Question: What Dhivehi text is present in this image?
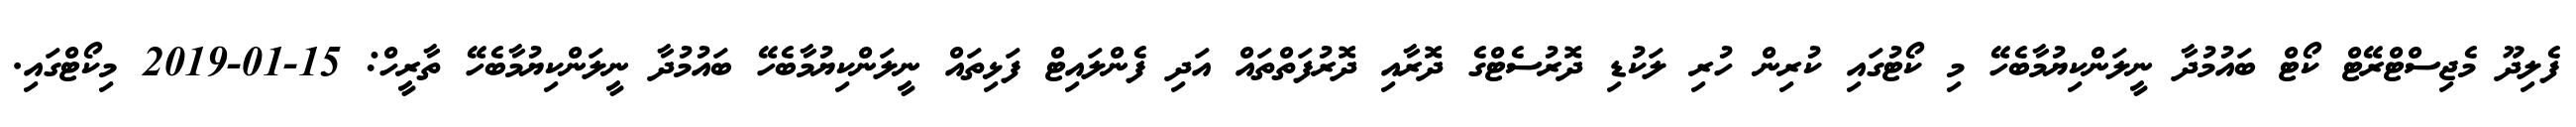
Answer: ފެލިދޫ މެޖިސްޓްރޭޓް ކޯޓް ބައުމުދާ ނީލަންކިޔުމާބެހޭ މި ކޯޓުގައި ކުރިން ހުރި ލަކުޑި ދޮރުސެޓްގެ ދޮރާއި ދޮރުފަތްތައް އަދި ފެންލައިޓް ފަޅިތައް ނީލަންކިޔުމާބެހޭ ބައުމުދާ ނީލަންކިޔުމާބެހޭ ތާރީހް: 15-01-2019 މިކޯޓްގައި.